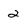
Character: 2